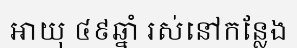
អាយុ ៤៩ឆ្នាំ រស់នៅកន្លែង